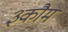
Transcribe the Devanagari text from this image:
३कौम